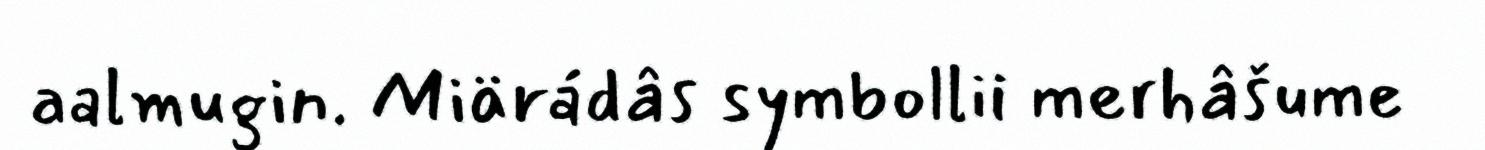
aalmugin. Miärádâs symbollii merhâšume